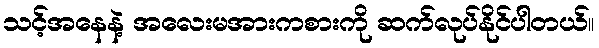
သင့်အနေနဲ့ အလေးမအားကစားကို ဆက်လုပ်နိုင်ပါတယ်။